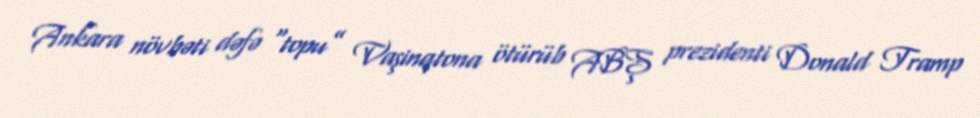
Ankara növbəti dəfə “topu” Vaşinqtona ötürüb ABŞ prezidenti Donald Tramp